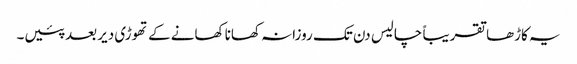
یہ کاڑھا تقریباً چالیس دن تک روزانہ کھانا کھانے کے تھوڑی دیر بعد پئیں۔